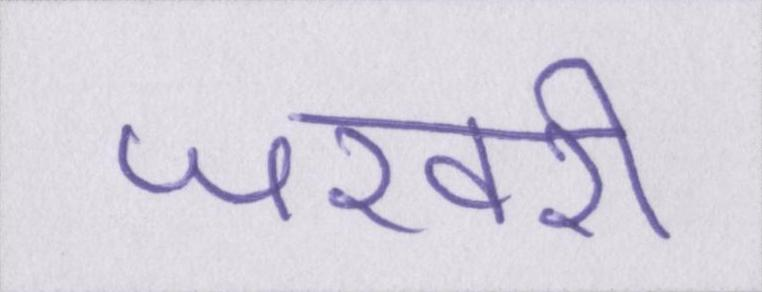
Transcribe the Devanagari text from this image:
जरवरी